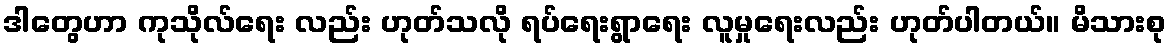
ဒါတွေဟာ ကုသိုလ်ရေး လည်း ဟုတ်သလို ရပ်ရေးရွာရေး လူမှုရေးလည်း ဟုတ်ပါတယ်။ မိသားစု